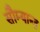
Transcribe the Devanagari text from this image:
सौम्यान्त